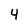
Character: 4